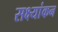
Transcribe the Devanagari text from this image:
सक्ष्यांकन